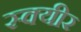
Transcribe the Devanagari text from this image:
स्क्यीर